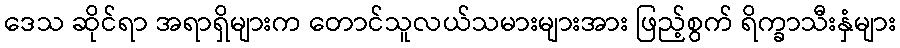
ဒေသ ဆိုင်ရာ အရာရှိများက တောင်သူလယ်သမားများအား ဖြည့်စွက် ရိက္ခာသီးနှံများ